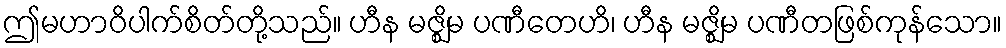
ဤမဟာဝိပါက်စိတ်တို့သည်။ ဟီန မဇ္ဈိမ ပဏီတေဟိ၊ ဟီန မဇ္ဈိမ ပဏီတဖြစ်ကုန်သော။